Civil Veterinary Department Bihar & Orissa reports 1922-29 - 1922-1929
Year: 1922
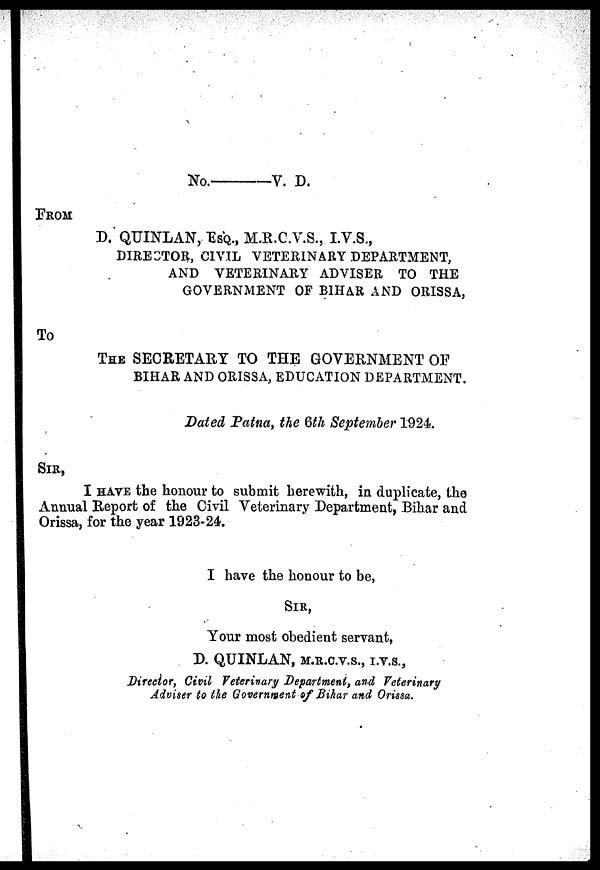
No.
V. D.
FROM
D. QUINLAN, ESQ., M.R.C.V.S., I.V.S.,
DIRECTOR, CIVIL VETERINARY DEPARTMENT,
AND VETERINARY ADVISER TO THE
GOVERNMENT OF BIHAR AND ORISSA,
To
THE SECRETARY TO THE GOVERNMENT OF
BIHAR AND ORISSA, EDUCATION DEPARTMENT.
Dated Patna, the 6th September 1924.
SIR,
I HAVE the honour to submit herewith, in duplicate, the
Annual Report of the Civil Veterinary Department, Bihar and
Orissa, for the year 1923-24.
I have the honour to be,
SIR,
Your most obedient servant,
D. QUINLAN, M.R.C.V.S., I.V.S.,
Director, Civil Veterinary Department, and Veterinary
Adviser to the Government of Bihar and Orissa.